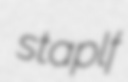
staplf